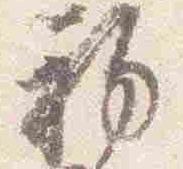
初